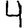
Digit: 4